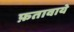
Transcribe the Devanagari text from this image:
फ़तावाये